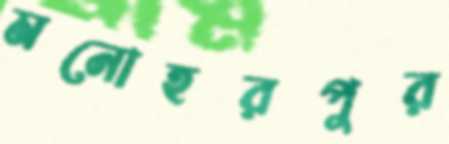
মনোহরপুর